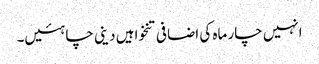
انہیں چار ماہ کی اضافی تنخواہیں دینی چاہئیں۔